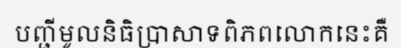
បញ្ជីមូលនិធិប្រាសាទពិភពលោកនេះគឺ